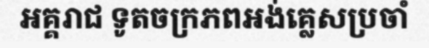
អគ្គរាជ ទូតចក្រភពអង់គ្លេសប្រចាំ